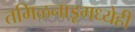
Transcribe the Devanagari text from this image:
तमिळनाडूमध्येही